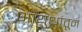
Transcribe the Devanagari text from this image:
आयुधांतून